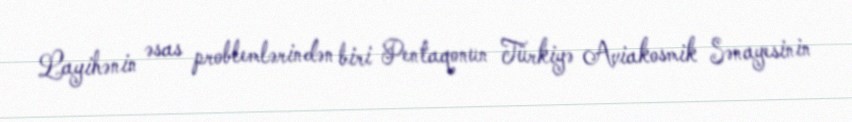
Layihənin əsas problemlərindən biri Pentaqonun Türkiyə Aviakosmik Sənayesinin